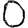
Digit: 0